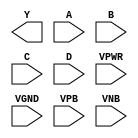
module sky130_fd_sc_ls__nor4 (
    Y   ,
    A   ,
    B   ,
    C   ,
    D   ,
    VPWR,
    VGND,
    VPB ,
    VNB
);

    output Y   ;
    input  A   ;
    input  B   ;
    input  C   ;
    input  D   ;
    input  VPWR;
    input  VGND;
    input  VPB ;
    input  VNB ;
endmodule